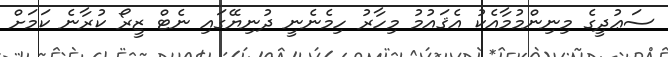
ސަޢުދީގެ މިނިންމުމާއެކު އެޤައުމު މިހާރު ހިމެނެނީ ދުނިޔޭގައި ނެޓް ޒީރޯ ކުރާނެ ކަމަށް